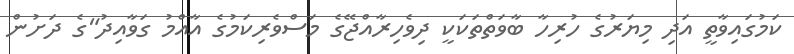
ކަމުގައިވާތީ އަދި މިޔަރުގެ ހުރިހާ ބާވަތްތަކަކީ ދިވެހިރާއްޖޭގެ މަސްވެރިކަމުގެ އާއްމު ގަވާއިދު"ގެ ދަށުން